Lunatic asylums Madras 1892-1911 - 1892-1911
Year: 1892
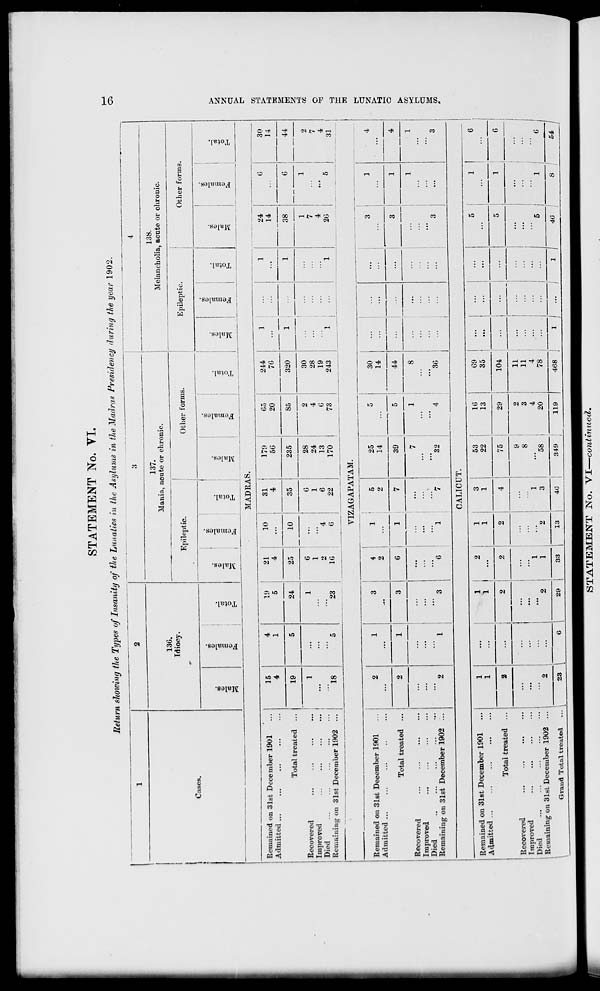
STATEMENT No. VI.
Return showing the Types of Insanity of the Lunatics in the Asylums in the Madras Presidency during the year 1902.
2
Cases.
13G.
Idiocy.
V.
"3
fe
■/,
137.
Mania, acute or chronic.
Epileptic.
Other forms.
138.
Melancholia, acnte or chronic.
Epileptic.
Other forms.
o
c-i
03
B)
0
o
fe
o
32
03
a «
fe
ca
o
m
O
r<
r=3
a
■V
fe
o
01
o
IS
s
fe
MADRAS.
Remained on 31st December 1901
Admitted ...
Total treated
Recovered
Improved
Died
\
Remaining on 31st December 1902
15
4
19
18
4
1
19
5
24
23
21
10
31
4
...
4
25
10
35
G
G
1
1
•>
4
6
16
G
22
179
56
235
28
24
13
170
65
20
85
2
4
G
73
244
7G
320
30
28
19
243
24
14
38
1
7
4
2G
VIZAGAPATAM.
o
30
14
44
2
7
4
31
I- 1
Oi
>
►
i-3
i-3
e
fe!
a
H
t—i
Q
w
K
a
K
GO
Remained on 31st December 1901
Admitted ...
Total treated
Recovered
Improved
...
Died
Remaining on 31st December 1902
4
2
5
•1
25
14
39
30
14
44
32
3G
CALICUT.
Remained on 31st December 1901
Admitted
Total treated
Recovered
Improved
Died
Remaining on 31st December 1902
Grand Total treated
1
1 I
23
29
33
1 3
1
2
4
*2
1
3
13
40
53
22
1G
13
G9
35 !
75
29
9
8
"08
349
2
3
4
20
104
119
11
11
4
78
468
o
40
54 ;
1
STATEMENT No. VI—continued.